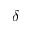
\delta